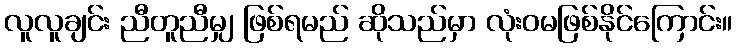
လူလူချင်း ညီတူညီမျှ ဖြစ်ရမည် ဆိုသည်မှာ လုံးဝမဖြစ်နိုင်ကြောင်း။